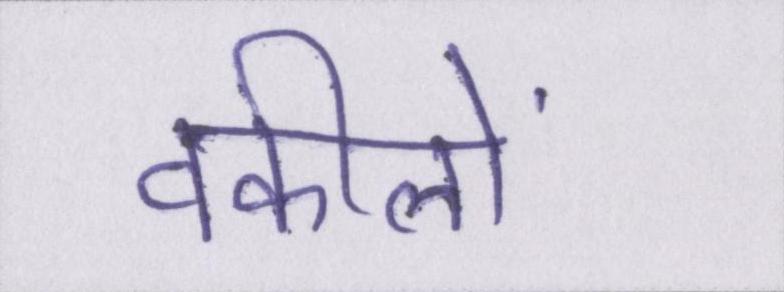
वकीलों